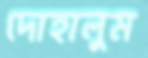
দোহালুম